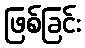
ဖြစ်ခြင်း